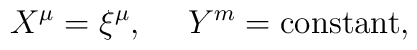
X^{\mu}=\xi^{\mu}, \ \ \ \ Y^m={\rm constant},